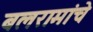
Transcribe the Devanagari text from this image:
बलरामांचे